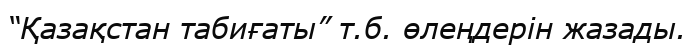
“Қазақстан табиғаты” т.б. өлеңдерін жазады.